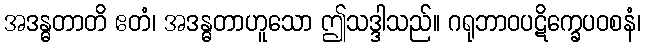
အဒန္ဓတာတိ ဧတံ၊ အဒန္ဓတာဟူသော ဤသဒ္ဒါသည်။ ဂရုဘာဝပဋိက္ခေပဝစနံ၊